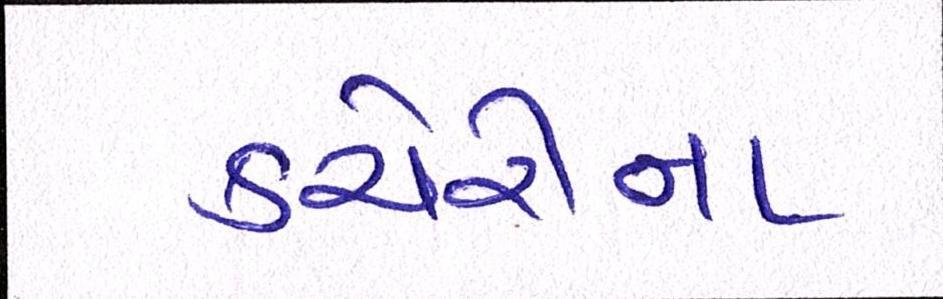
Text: કચેરીના